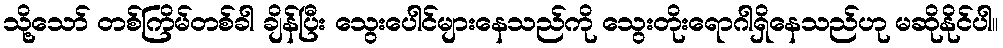
သို့သော် တစ်ကြိမ်တစ်ခါ ချိန်ပြီး သွေးပေါင်များနေသည်ကို သွေးတိုးရောဂါရှိနေသည်ဟု မဆိုနိုင်ပါ။